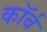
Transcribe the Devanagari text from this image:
कॉर्ब